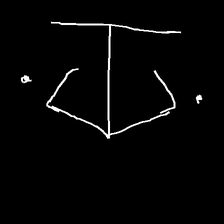
Glyph: earth